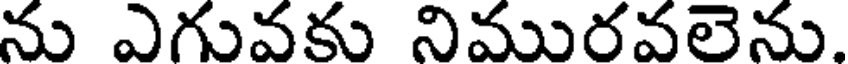
ను ఎగువకు నిమురవలెను.